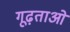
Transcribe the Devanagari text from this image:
गूढ़ताओं